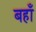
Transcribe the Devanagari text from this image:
बहाँ